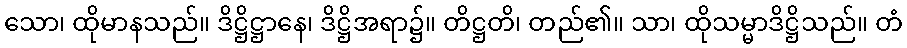
သော၊ ထိုမာနသည်။ ဒိဋ္ဌိဋ္ဌာနေ၊ ဒိဋ္ဌိအရာ၌။ တိဋ္ဌတိ၊ တည်၏။ သာ၊ ထိုသမ္မာဒိဋ္ဌိသည်။ တံ